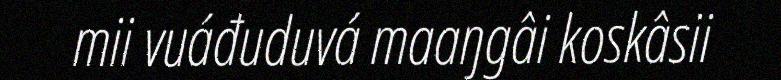
mii vuáđuduvá maaŋgâi koskâsii